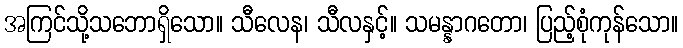
အကြင်သို့သဘောရှိသော။ သီလေန၊ သီလနှင့်။ သမန္နာဂတော၊ ပြည့်စုံကုန်သော။